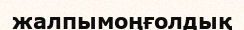
жалпымоңғолдық